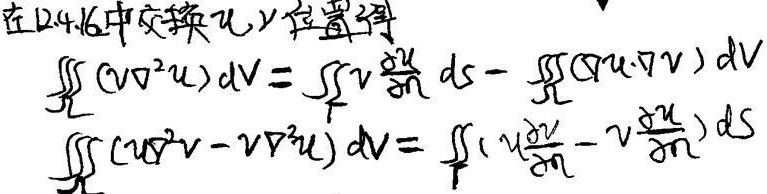
在2.4.16中交换u,v位置得\\
$\iiint_V(v\nabla^{2}u)\mathrm{d}V&=\iint_Sv\frac{\partialu}{\partialn}\mathrm{d}S-\iiint_V(\nablau\cdot\nablav)\mathrm{d}V$\\
$\iiint_V(u\nabla^{2}v-v\nabla^{2}u)\mathrm{d}V&=\iint_S\left(u\frac{\partialv}{\partialn}-v\frac{\partialu}{\partialn}\right)\mathrm{d}S$